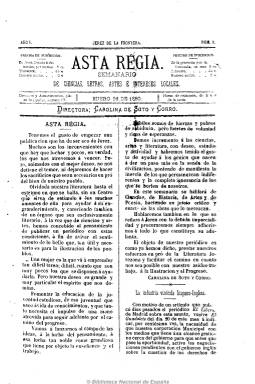
Título: Asta regia
Colección: Semanarios de amenidades || Revistas femeninas
Ámbito geográfico: Cádiz
Lugar de publicación: Jerez de la Frontera [Cádiz]
Fechas: 26/01/1880-18/06/1883

El título de este “semanario de ciencias, letras, artes e intereses locales” jerezano, dirigido por Carolina de Soto y Corro, corresponde al dado a una ciudad tartésica. Se trata de una publicación  cuyo objetivo es “educar a la juventud” y como “recreo e instrucción para las familias”, según se escribe en el mismo periódico, y que dedicará especial atención a la cultura y arte jerezanos, pero también a su industria y agricultura. Contiene artículos de estas materias, así como otros de carácter histórico, religioso, artístico y vario, algunos de ellos dedicados a las mujeres. Incluirá asimismo secciones denominadas Gacetilla o Miscelánea, con noticias breves, sueltos locales, resumen de prensa, bibliografía, etc. Y dedicará amplio espacio a la creación literaria, tanto a la poética como a la narrativa.

Tendrá una segunda época, bajo el subtítulo “revista semanal religiosa, científica, literaria y artística, de intereses locales, modas y anuncios”, bajo el cual estampará la leyenda “con licencia de la autoridad eclesiástica”. Periodo este en el que aumentarán sus artículos de carácter religioso y ofrecerá información sobre cultos. Y una última y breve etapa, en la que sólo se subtitulará como “revista literaria”.

Comenzó a publicar el 26 de enero de 1880, todos los lunes, en números de ocho páginas, y en su última etapa tuvo periodicidad quincenal. Tuvo numerosos colaboradores y colaboradoras, entre los que se encuentran Rosa Martínez de Lacosta, Mercedes Gutiérrez del Valle, Rosario Acuña de la Iglesia, Blanca de los Ríos, Faustina Sáez del Melgar, María del Pilar Sinués de Marco, Fernando de Lavalle, Eduardo López y José María Pérez Lara.